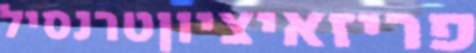
פריזאיציוןטרנסיל